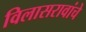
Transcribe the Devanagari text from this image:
विलासरावांचे